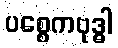
ပစ္စေကဗုဒ္ဓါ